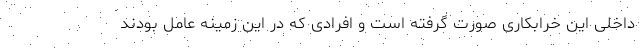
داخلی این خرابکاری صورت گرفته است و افرادی که در این زمینه عامل بودند